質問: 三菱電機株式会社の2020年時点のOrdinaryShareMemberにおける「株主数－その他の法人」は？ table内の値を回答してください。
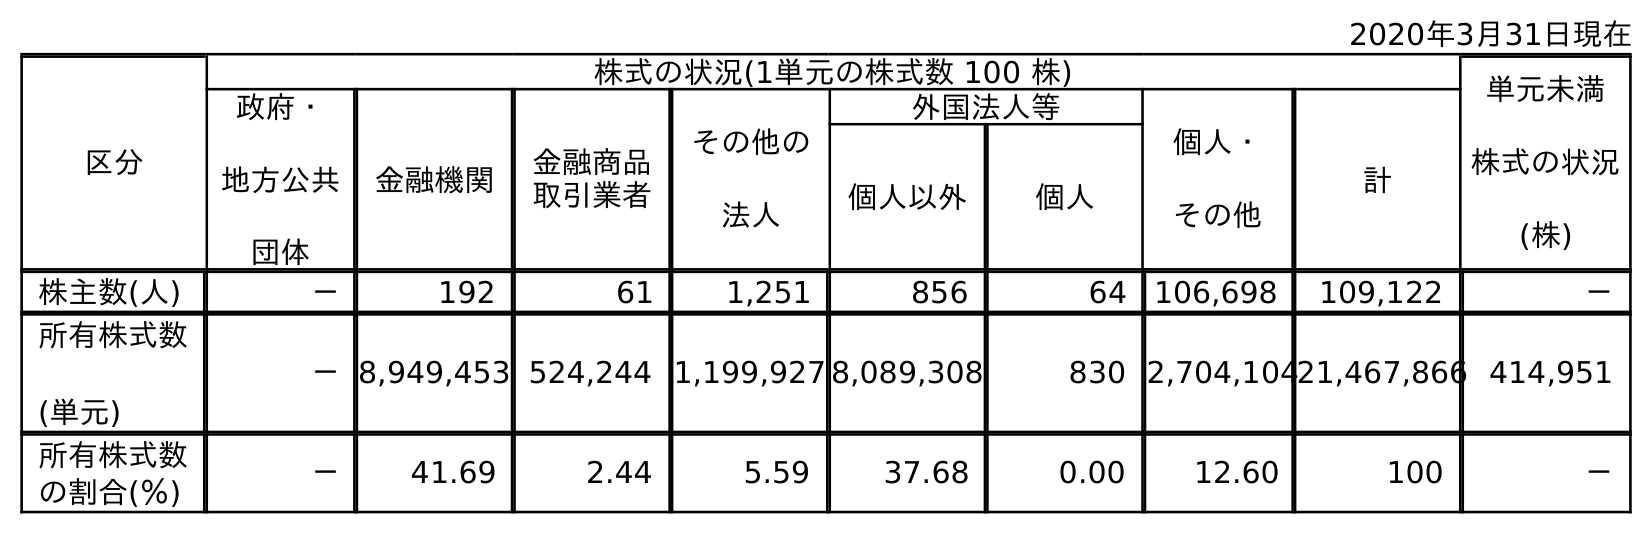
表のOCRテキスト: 2020年3月31日現在 区分 株式の状況(1単元の株式数 100 株) 単元未満 株式の状況 (株) 政府・ 地方公共 団体 金融機関 金融商品 取引業者 その他の 法人 外国法人等 個人・ その他 計 個人以外 個人 株主数(人) － 192 61 1,251 856 64 106,698 109,122 － 所有株式数 (単元) －8,949,453 524,244 1,199,927 8,089,308 830 2,704,10421,467,866 414,951 所有株式数 の割合(％) － 41.69 2.44 5.59 37.68 0.00 12.60 100 －
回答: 1,251